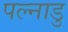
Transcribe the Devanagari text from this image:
पल्नाडु